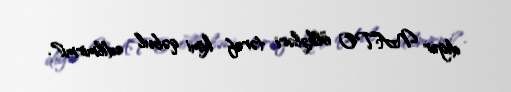
digər NATO ölkələri tərəf kimi qəbul edilmirmi?.